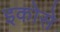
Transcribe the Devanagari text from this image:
इकोसे